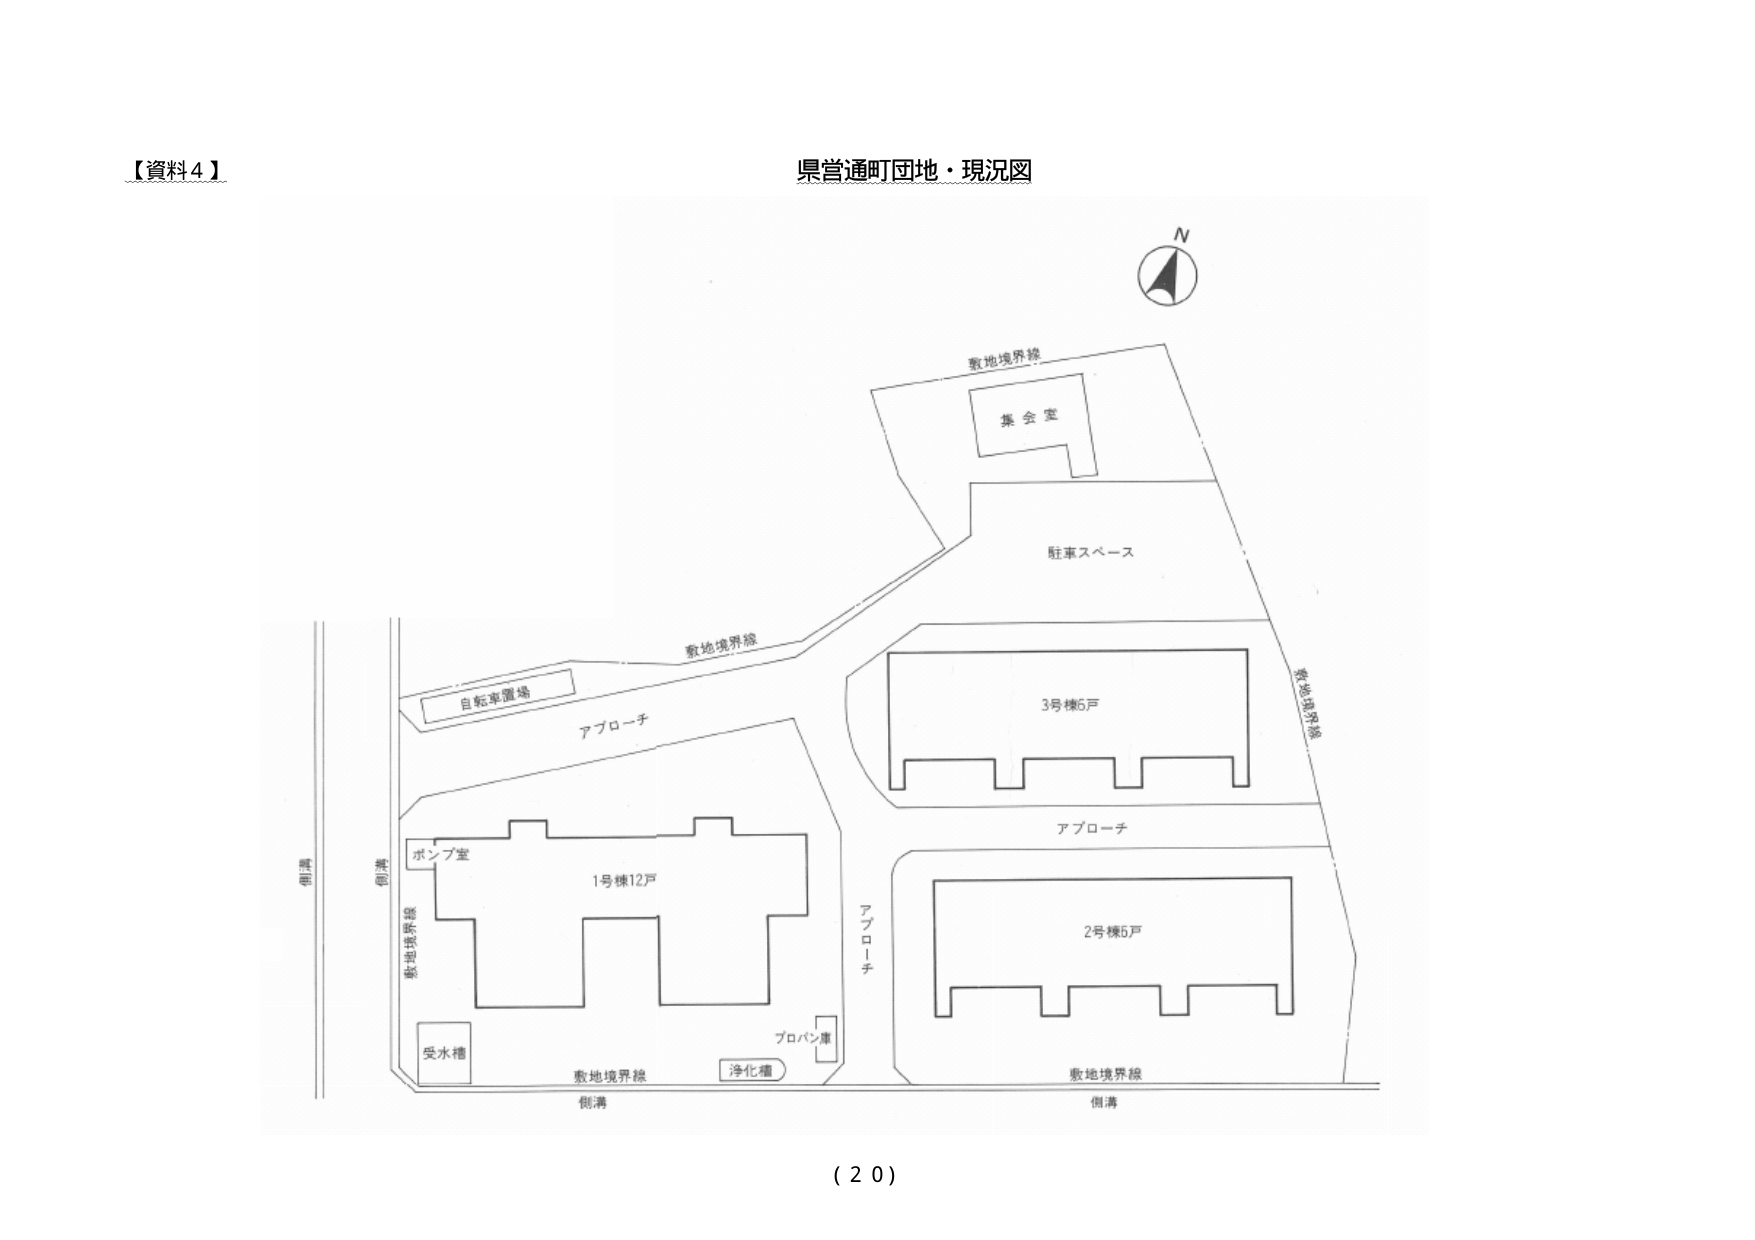
【資料４】
県営通町団地・現況図
N
敷地境界線
集会室
駐車スペース
敷地境界線
自転車置場
アプローチ
3号棟5戸
アプローチ
2号棟5戸
ポンプ室
1号棟12戸
アプローチ
プロパン庫
受水槽
浄化槽
敷地境界線
側溝
側溝
側溝
側溝
（２０）